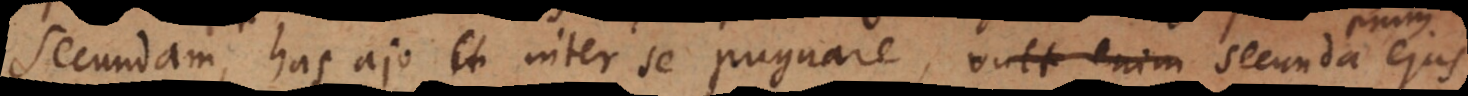
secundam, has ajo inter se pugnare. Secunda enim ejus regula ejus